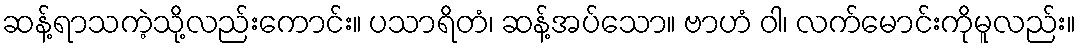
ဆန့်ရာသကဲ့သို့လည်းကောင်း။ ပသာရိတံ၊ ဆန့်အပ်သော။ ဗာဟံ ဝါ၊ လက်မောင်းကိုမူလည်း။